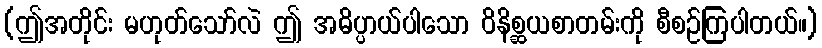
(ဤအတိုင်း မဟုတ်သော်လဲ ဤ အဓိပ္ပာယ်ပါသော ဝိနိစ္ဆယစာတမ်းကို စီစဉ်ကြပါတယ်။)